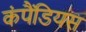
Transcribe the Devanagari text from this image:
कंपैंडियस